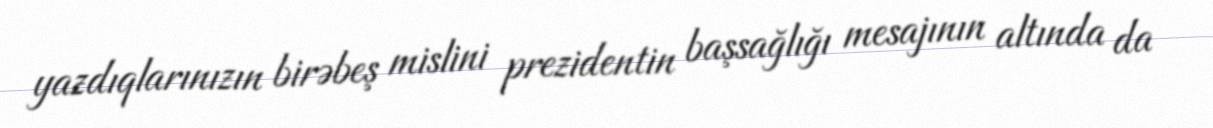
yazdıqlarınızın birəbeş mislini prezidentin başsağlığı mesajının altında da